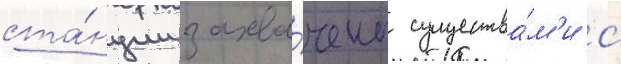
ста́нции захва́чены существа́м'и с